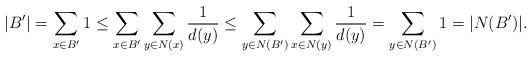
LaTeX: \begin{align*}|B'|=\sum_{x\in B'}1\le \sum_{x\in B'}\sum_{y\in N(x)}\frac{1}{d(y)}\le \sum_{y\in N(B')}\sum_{x\in N(y)}\frac{1}{d(y)}=\sum_{y\in N(B')}1=|N(B')|.\end{align*}